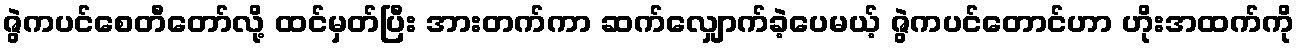
ဇွဲကပင်စေတီတော်လို့ ထင်မှတ်ပြီး အားတက်ကာ ဆက်လျှောက်ခဲ့ပေမယ့် ဇွဲကပင်တောင်ဟာ ဟိုးအထက်ကို